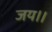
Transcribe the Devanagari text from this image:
जय।।